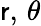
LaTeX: \mathsf{r},\, \theta